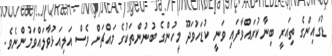
ޑުގައިންގެ ތިއަރީ ބިނާކުރައްވާފައި ވަނީ ކުޑަހުވަދޫ މީހުންގެ ބުނުންތަކުގެ މައްޗަށް ވެސް އަލިއަޅުވާލައްވަމުންނެވެ.